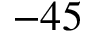
- 4 5